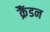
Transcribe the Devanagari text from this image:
क्रैंडन